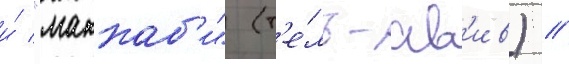
и́ "маккаб'и" (т'е́ль-ав'ив) //